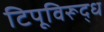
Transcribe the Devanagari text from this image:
टिपूविरूद्ध